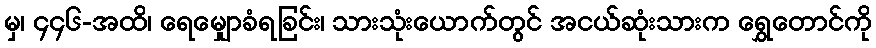
မှ၊ ၄၄၆-အထိ၊ ရေမျှောခံရခြင်း၊ သားသုံးယောက်တွင် အငယ်ဆုံးသားက ရွှေတောင်ကို